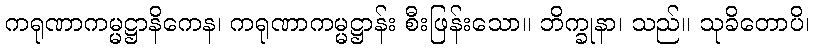
ကရုဏာကမ္မဋ္ဌာနိကေန၊ ကရုဏာကမ္မဋ္ဌာန်း စီးဖြန်းသော။ ဘိက္ခုနာ၊ သည်။ သုခိတောပိ၊